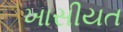
ખાસીયત